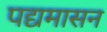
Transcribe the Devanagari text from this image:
पद्यमासन